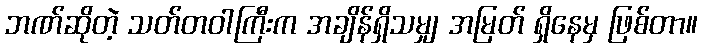
ဘဏ်ဆိုတဲ့ သတ်တဝါကြီးက အချိန်ရှိသမျှ အမြတ် ရှိနေမှ ဖြစ်တာ။